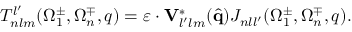
{ \cal T } _ { n l m } ^ { l ^ { \prime } } ( \Omega _ { 1 } ^ { \pm } , \Omega _ { n } ^ { \mp } , q ) = \boldsymbol { \varepsilon } \cdot \mathbf { V } _ { l ^ { \prime } l m } ^ { * } ( \hat { \mathbf { q } } ) { \cal J } _ { n l l ^ { \prime } } ( \Omega _ { 1 } ^ { \pm } , \Omega _ { n } ^ { \mp } , q ) .